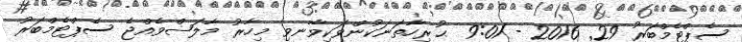
ސެޕްޓެމްބަރު 29